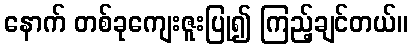
နောက် တစ်ခုကျေးဇူးပြု၍ ကြည့်ချင်တယ်။